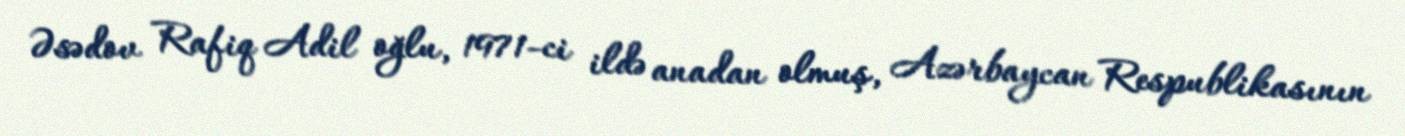
Əsədov Rafiq Adil oğlu, 1971-ci ildə anadan olmuş, Azərbaycan Respublikasının